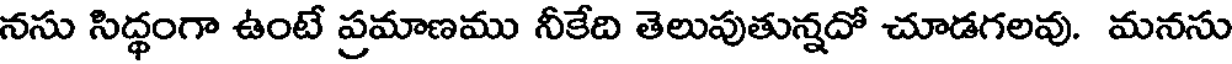
నసు సిద్ధంగా ఉంటే ప్రమాణము నీకేది తెలుపుతున్నదో చూడగలవు. మనసు